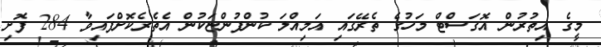
މީގެ އިތުރުން އޮގަސްޓް މަހުގެ ތެރޭގައި އަމިއްލަ ކުންފުންޏަކުން އެތެރެކޮށްފައިވާ 284 ފޮށި